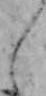
え